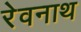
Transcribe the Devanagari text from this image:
रेवनाथ